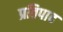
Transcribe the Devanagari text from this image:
प्रतिपाद